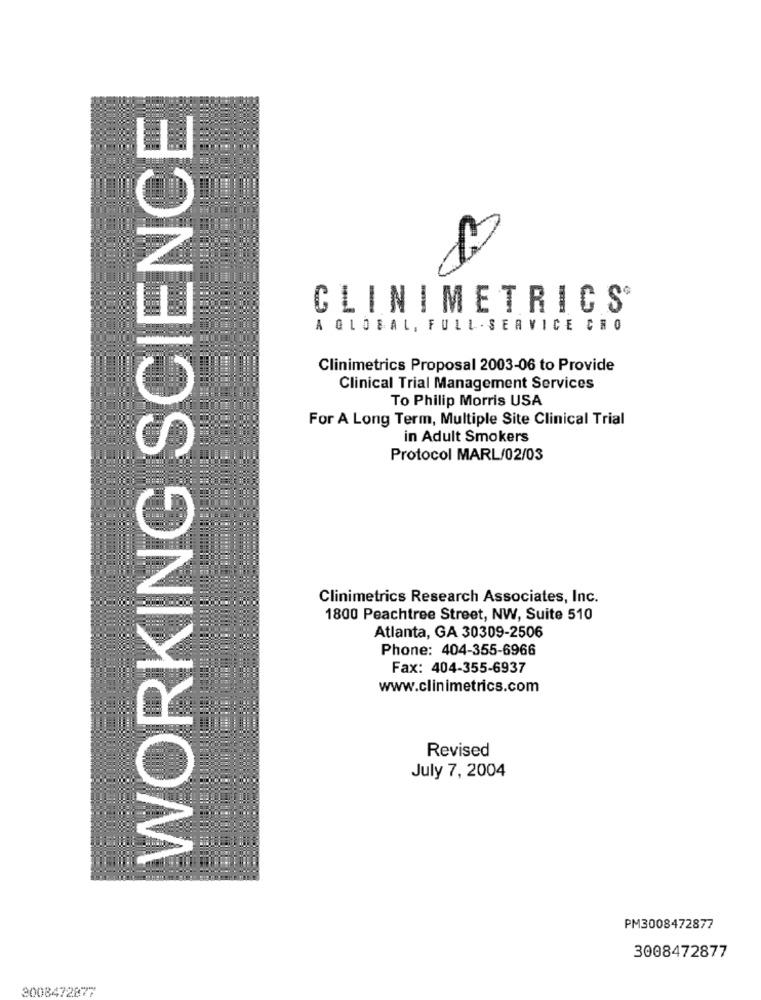
WORKING SCIENCE
CLINIMETRICS®
A GLOBAL, FULL - SERVICE CRO
Clinimetrics Proposal 2003-06 to Provide
Clinical Trial Management Services
To Philip Morris USA
For A Long Term, Multiple Site Clinical Trial
in Adult Smokers
Protocol MARL/02/03
Clinimetrics Research Associates, Inc.
1800 Peachtree Street, NW, Suite 510
Atlanta, GA 30309-2506
Phone: 404-355-6966
Fax: 404-355-6937
www.clinimetrics.com
Revised
July 7, 2004
PM3008472877
3008472877
3008472877